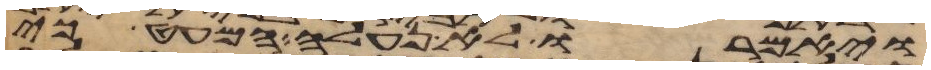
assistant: ויאמרו לא נעלה המעט כי